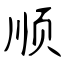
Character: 顺